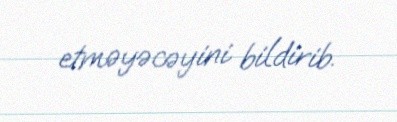
etməyəcəyini bildirib.